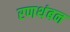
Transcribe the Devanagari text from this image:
रणथंबन